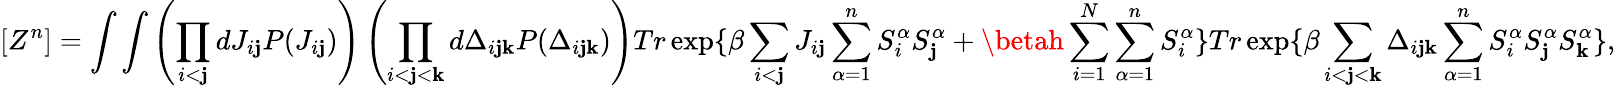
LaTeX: [Z^{n}]=\int\int\left(\prod_{i<\mathbf{j}}dJ_{i\mathbf{j}}P(J_{i\mathbf{j}})\right)\left(\prod_{i<\mathbf{j}<\mathbf{k}}d\Delta_{i\mathbf{j}\mathbf{k}}P(\Delta_{i\mathbf{j}\mathbf{k}})\right)Tr\exp\{ \beta\sum_{i<\mathbf{j}}J_{i\mathbf{j}}\sum_{\alpha=1}^{n}S_{i}^{\alpha}S_{\mathbf{j}}^{\alpha}+\betah\sum_{i=1}^{N}\sum_{\alpha=1}^{n}S_{i}^{\alpha}\} Tr\exp\{ \beta\sum_{i<\mathbf{j}<\mathbf{k}}\Delta_{i\mathbf{j}\mathbf{k}}\sum_{\alpha=1}^{n}S_{i}^{\alpha}S_{\mathbf{j}}^{\alpha}S_{\mathbf{k}}^{\alpha}\} ,